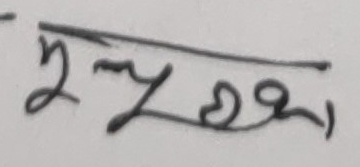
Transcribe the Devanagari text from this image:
जुलुदु